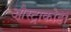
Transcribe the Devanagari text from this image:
औस्ट्राकोडा